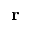
{ \bf r }